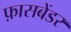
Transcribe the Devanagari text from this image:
फ़ासबेंडर